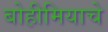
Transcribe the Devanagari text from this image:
बोहीमियाचे